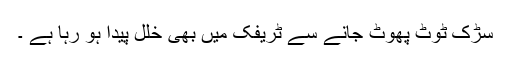
سڑک ٹوٹ پھوٹ جانے سے ٹریفک میں بھی خلل پیدا ہو رہا ہے ۔